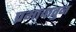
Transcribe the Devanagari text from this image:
प्रभावातुन